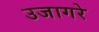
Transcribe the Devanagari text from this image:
उजागरे